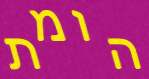
הומת